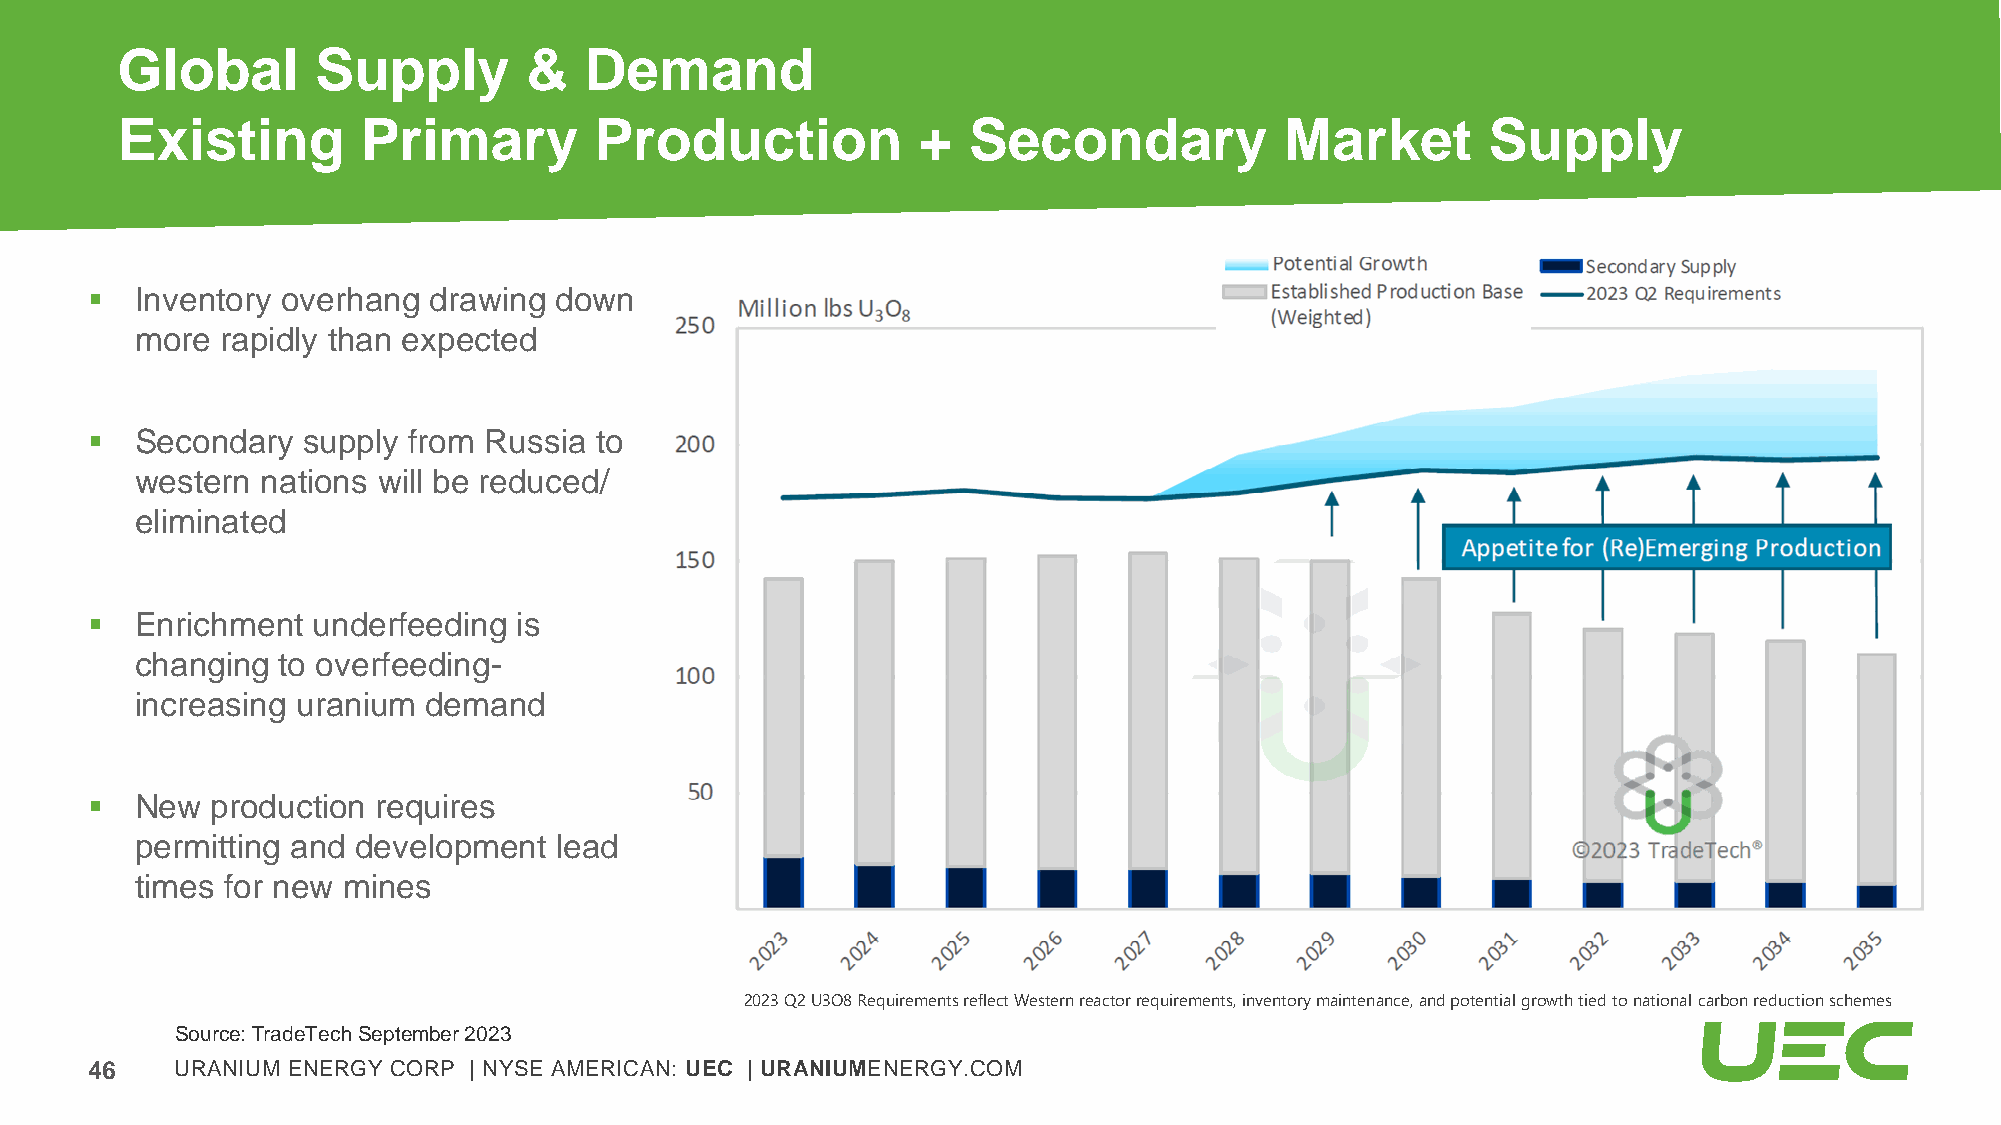
Global       Supply        &   Demand
 Existing        Primary        Production            +  Secondary            Market        Supply
 ▪  Inventory overhang drawing  down
 more  rapidly than expected
 ▪  Secondary  supply from Russia to
 western nations will be reduced/
 eliminated
 ▪  Enrichment  underfeeding is
 changing to overfeeding-
 increasing uranium demand
 ▪  New  production requires
 permitting and development  lead
 © 2019
 times for new mines
 2023 Q2 U3O8 Requirements reflect Western reactor requirements, inventory maintenance, and potential growth tied to national carbon reduction schemes
 Source: TradeTechSeptember 2023
 46    URANIUM ENERGY CORP | NYSE AMERICAN: UEC | URANIUMENERGY.COM